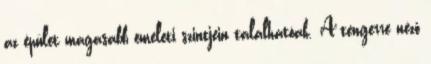
az épület magasabb emeleti szintjein találhatóak. A tengerre néző